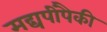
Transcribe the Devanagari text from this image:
मद्यपींपैकी